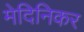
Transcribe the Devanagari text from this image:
मेदिनिकर